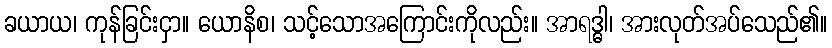
ခယာယ၊ ကုန်ခြင်းငှာ။ ယောနိစ၊ သင့်သောအကြောင်းကိုလည်း။ အာရဒ္ဓါ၊ အားလုတ်အပ်သေည်၏။